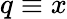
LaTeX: q\equiv x